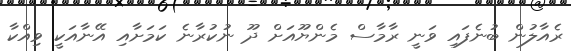
ރެއާލުން ބުނެފައި ވަނީ ރާމާސް މެންޔޫއަށް ދޫ ނުކުރާނެ ކަމަށާއި އޭނާއަކީ ވިއްކާ